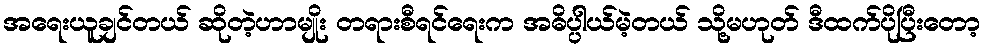
အရေးယူချင်တယ် ဆိုတဲ့ဟာမျိုး တရားစီရင်ရေးက အဓိပ္ပါယ်မဲ့တယ် သို့မဟုတ် ဒီထက်ပိုပြီးတော့